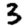
Digit: 3